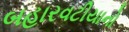
બહારવટીયાનો